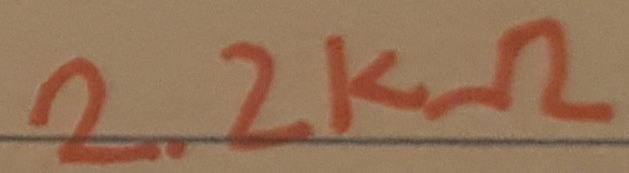
Text: 2.2KΩ